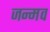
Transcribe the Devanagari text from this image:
जन्मव